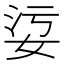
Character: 𡜂